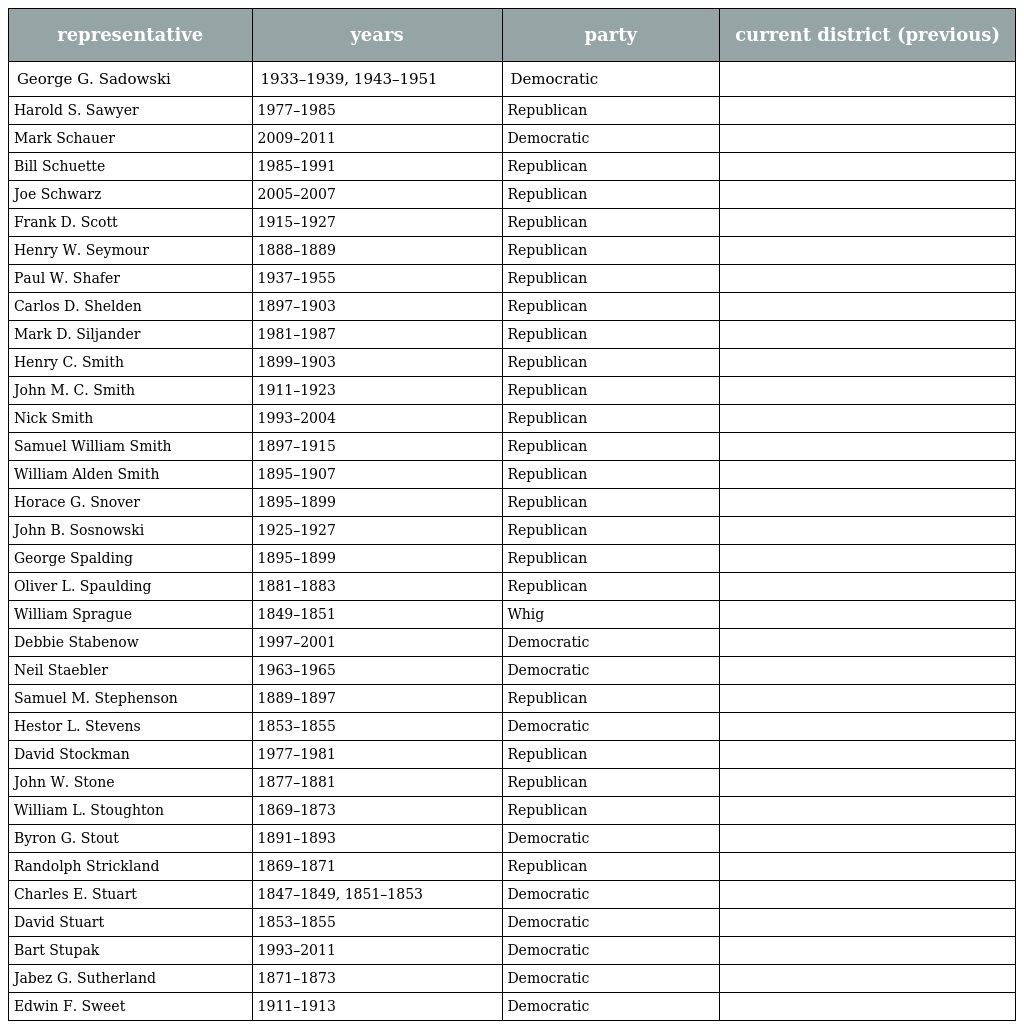
| representative | years | party | current district (previous) |
 | --- | --- | --- | --- |
 | George G. Sadowski | 1933–1939, 1943–1951 | Democratic |  |
 | Harold S. Sawyer | 1977–1985 | Republican |  |
 | Mark Schauer | 2009–2011 | Democratic |  |
 | Bill Schuette | 1985–1991 | Republican |  |
 | Joe Schwarz | 2005–2007 | Republican |  |
 | Frank D. Scott | 1915–1927 | Republican |  |
 | Henry W. Seymour | 1888–1889 | Republican |  |
 | Paul W. Shafer | 1937–1955 | Republican |  |
 | Carlos D. Shelden | 1897–1903 | Republican |  |
 | Mark D. Siljander | 1981–1987 | Republican |  |
 | Henry C. Smith | 1899–1903 | Republican |  |
 | John M. C. Smith | 1911–1923 | Republican |  |
 | Nick Smith | 1993–2004 | Republican |  |
 | Samuel William Smith | 1897–1915 | Republican |  |
 | William Alden Smith | 1895–1907 | Republican |  |
 | Horace G. Snover | 1895–1899 | Republican |  |
 | John B. Sosnowski | 1925–1927 | Republican |  |
 | George Spalding | 1895–1899 | Republican |  |
 | Oliver L. Spaulding | 1881–1883 | Republican |  |
 | William Sprague | 1849–1851 | Whig |  |
 | Debbie Stabenow | 1997–2001 | Democratic |  |
 | Neil Staebler | 1963–1965 | Democratic |  |
 | Samuel M. Stephenson | 1889–1897 | Republican |  |
 | Hestor L. Stevens | 1853–1855 | Democratic |  |
 | David Stockman | 1977–1981 | Republican |  |
 | John W. Stone | 1877–1881 | Republican |  |
 | William L. Stoughton | 1869–1873 | Republican |  |
 | Byron G. Stout | 1891–1893 | Democratic |  |
 | Randolph Strickland | 1869–1871 | Republican |  |
 | Charles E. Stuart | 1847–1849, 1851–1853 | Democratic |  |
 | David Stuart | 1853–1855 | Democratic |  |
 | Bart Stupak | 1993–2011 | Democratic |  |
 | Jabez G. Sutherland | 1871–1873 | Democratic |  |
 | Edwin F. Sweet | 1911–1913 | Democratic |  |